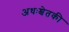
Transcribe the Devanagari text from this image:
अधःश्चेतकी